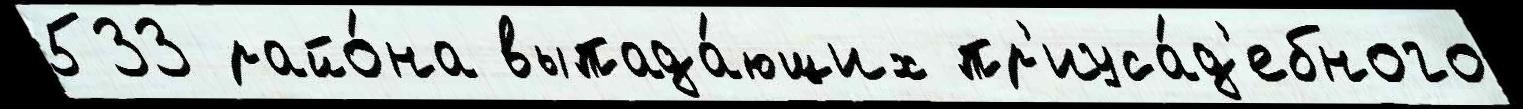
533 райо́на выпада́ющих пр'иуса́д'ебного